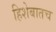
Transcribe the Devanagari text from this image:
हिशेबातच